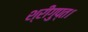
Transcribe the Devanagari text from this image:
श्रीगुप्त।